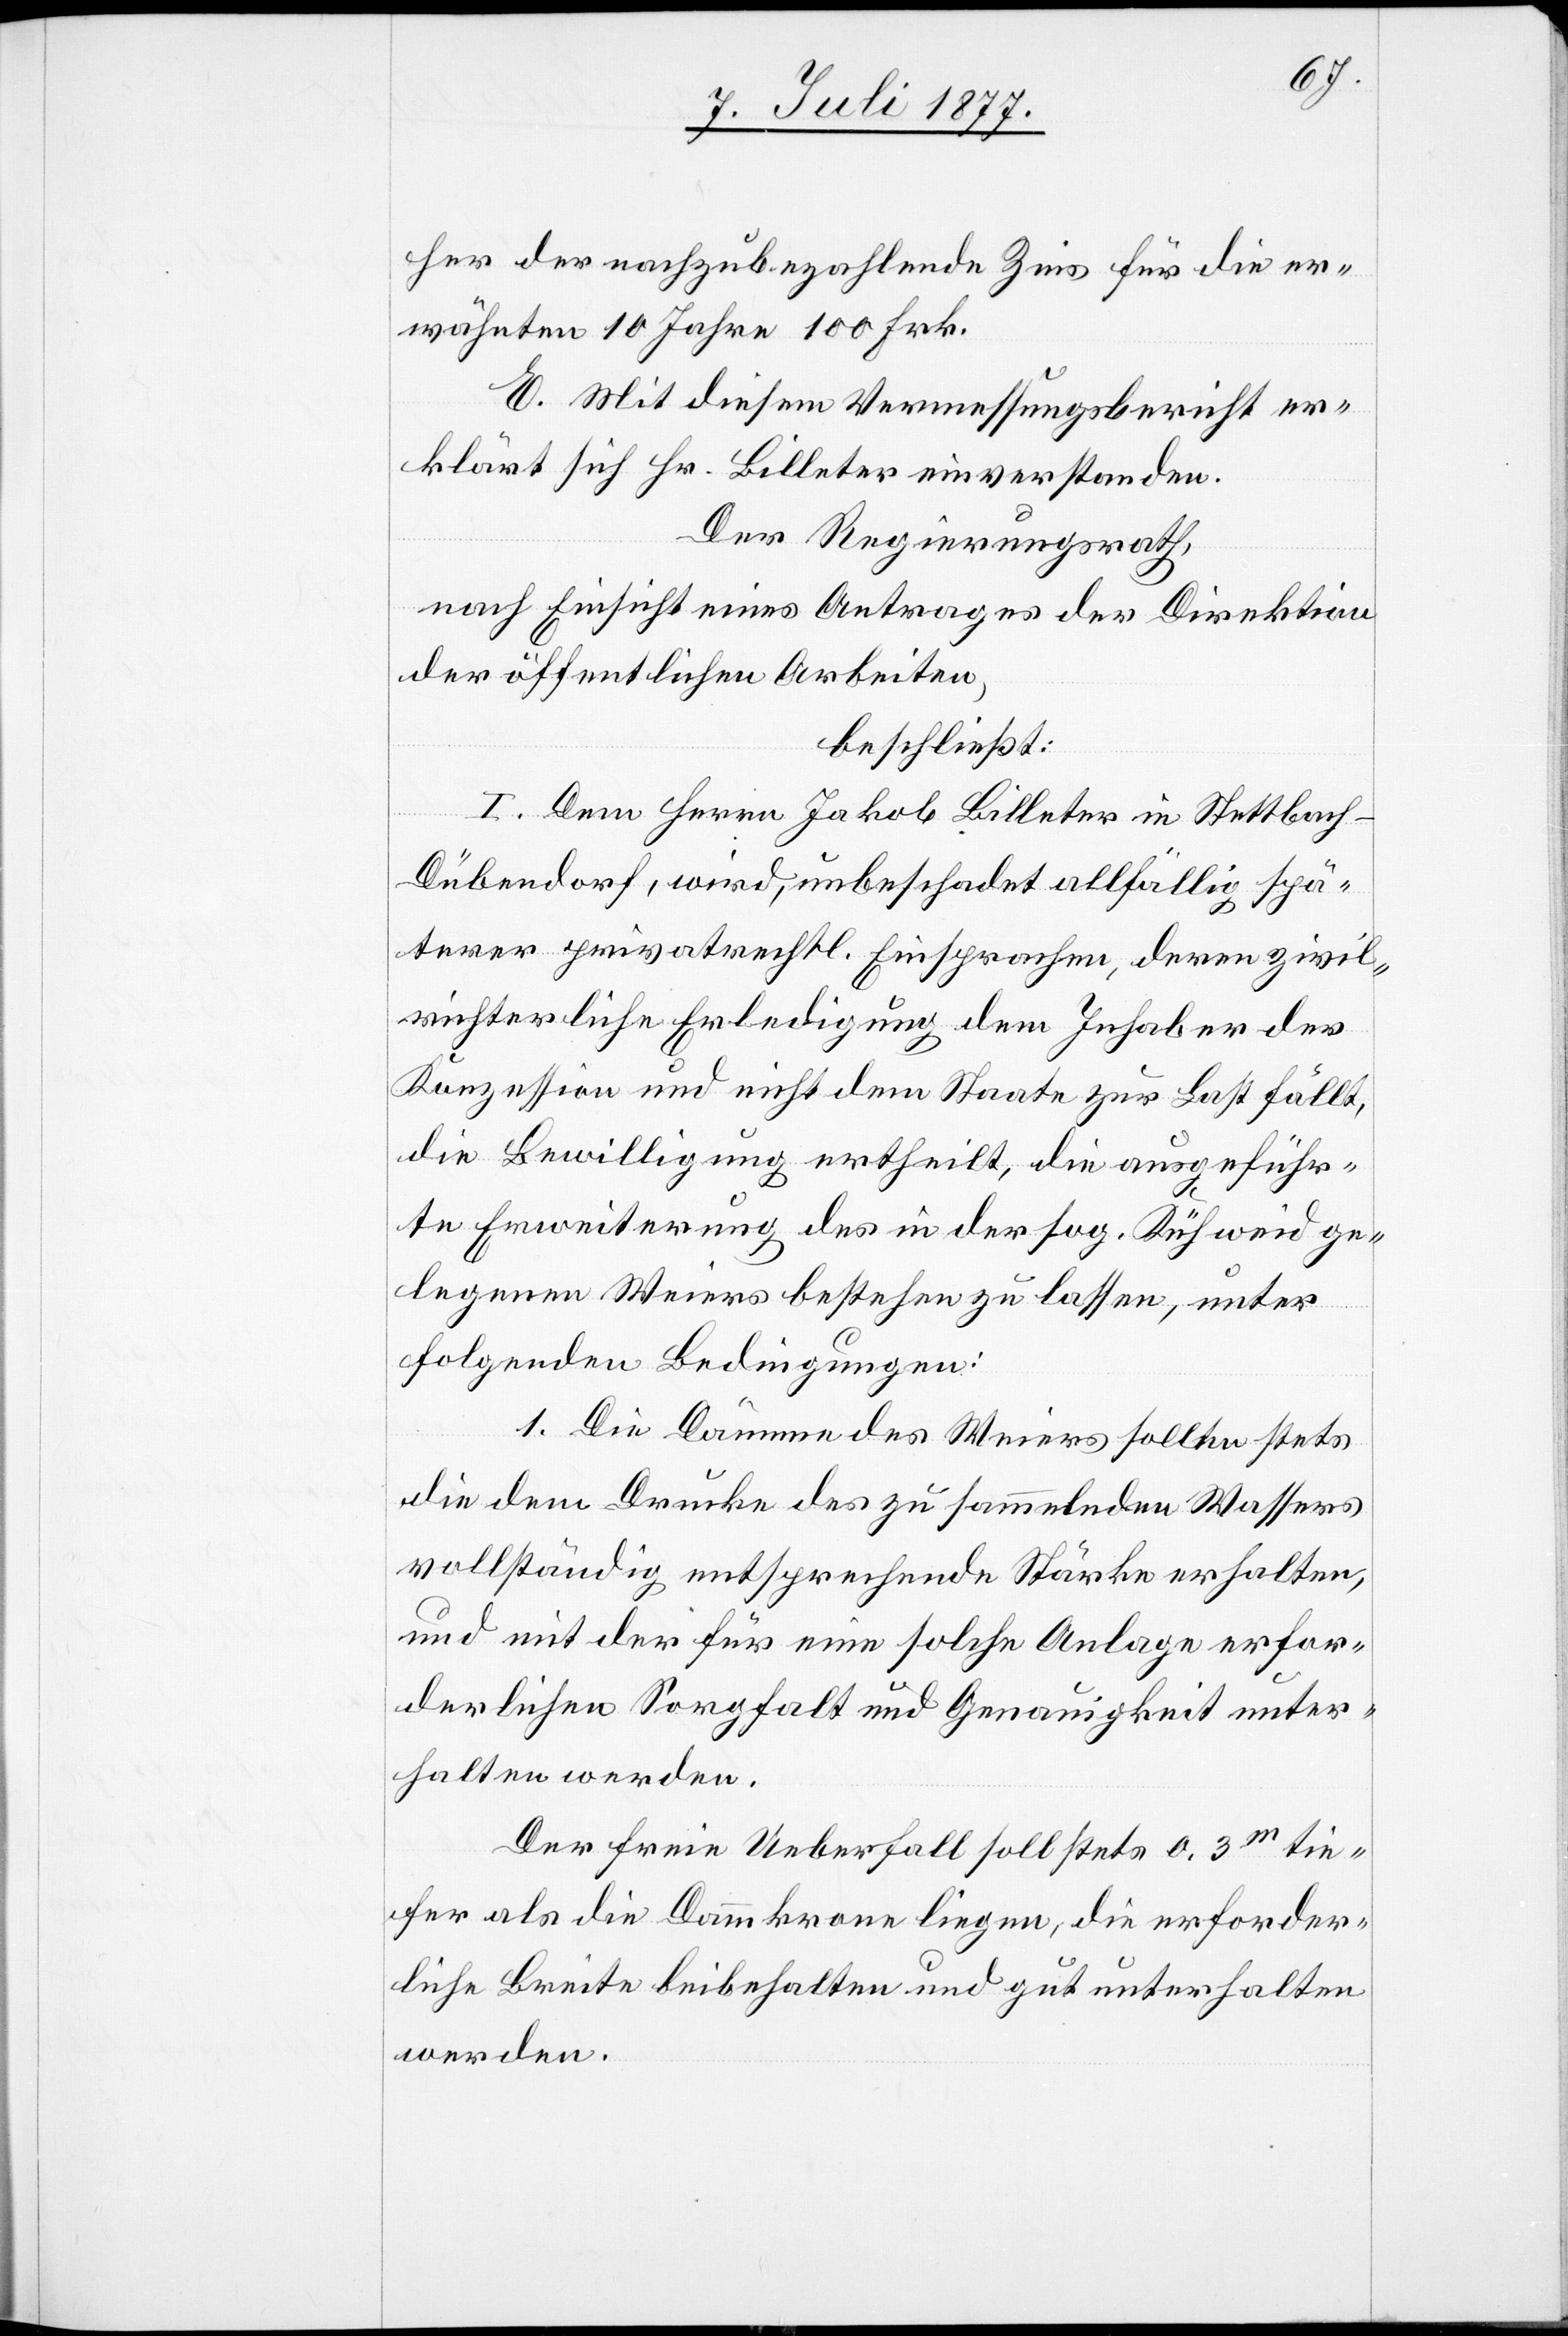
her der nachzubezahlende Zins für die er¬
wähnten 10 Jahre 100 Frk.
E. Mit diesem Vermessungsbericht er¬
klärt sich Hr. Billeter einverstanden.
Der Regierungsrath,
nach Einsicht eines Antrages der Direktion
der öffentlichen Arbeiten,
beschließt:
I. Dem Herrn Jakob Billeter in Stettbach
Dübendorf, wird, unbeschadet allfällig spä¬
terer privatrechtl. Einsprachen, deren zivil¬
richterliche Erledigung dem Inhaber der
Konzession und nicht dem Staate zur Last fällt,
die Bewilligung ertheilt, die ausgeführ¬
te Erweiterung des in der sog. Kühweid ge¬
legenen Weiers bestehen zu lassen, unter
folgenden Bedingungen:
1. Die Dämme des Weiers sollten stets
die dem Drucke des zu sammelnden Wassers
vollständig entsprechende Stärke erhalten,
und mit der für eine solche Anlage erfor¬
derlichen Sorgfalt und Genauigkeit unter¬
halten werden.
Der freie Ueberfall soll stets 0,3m tie¬
fer als die Dammkrone liegen, die erforder¬
liche Breite beibehalten und gut unterhalten
werden.